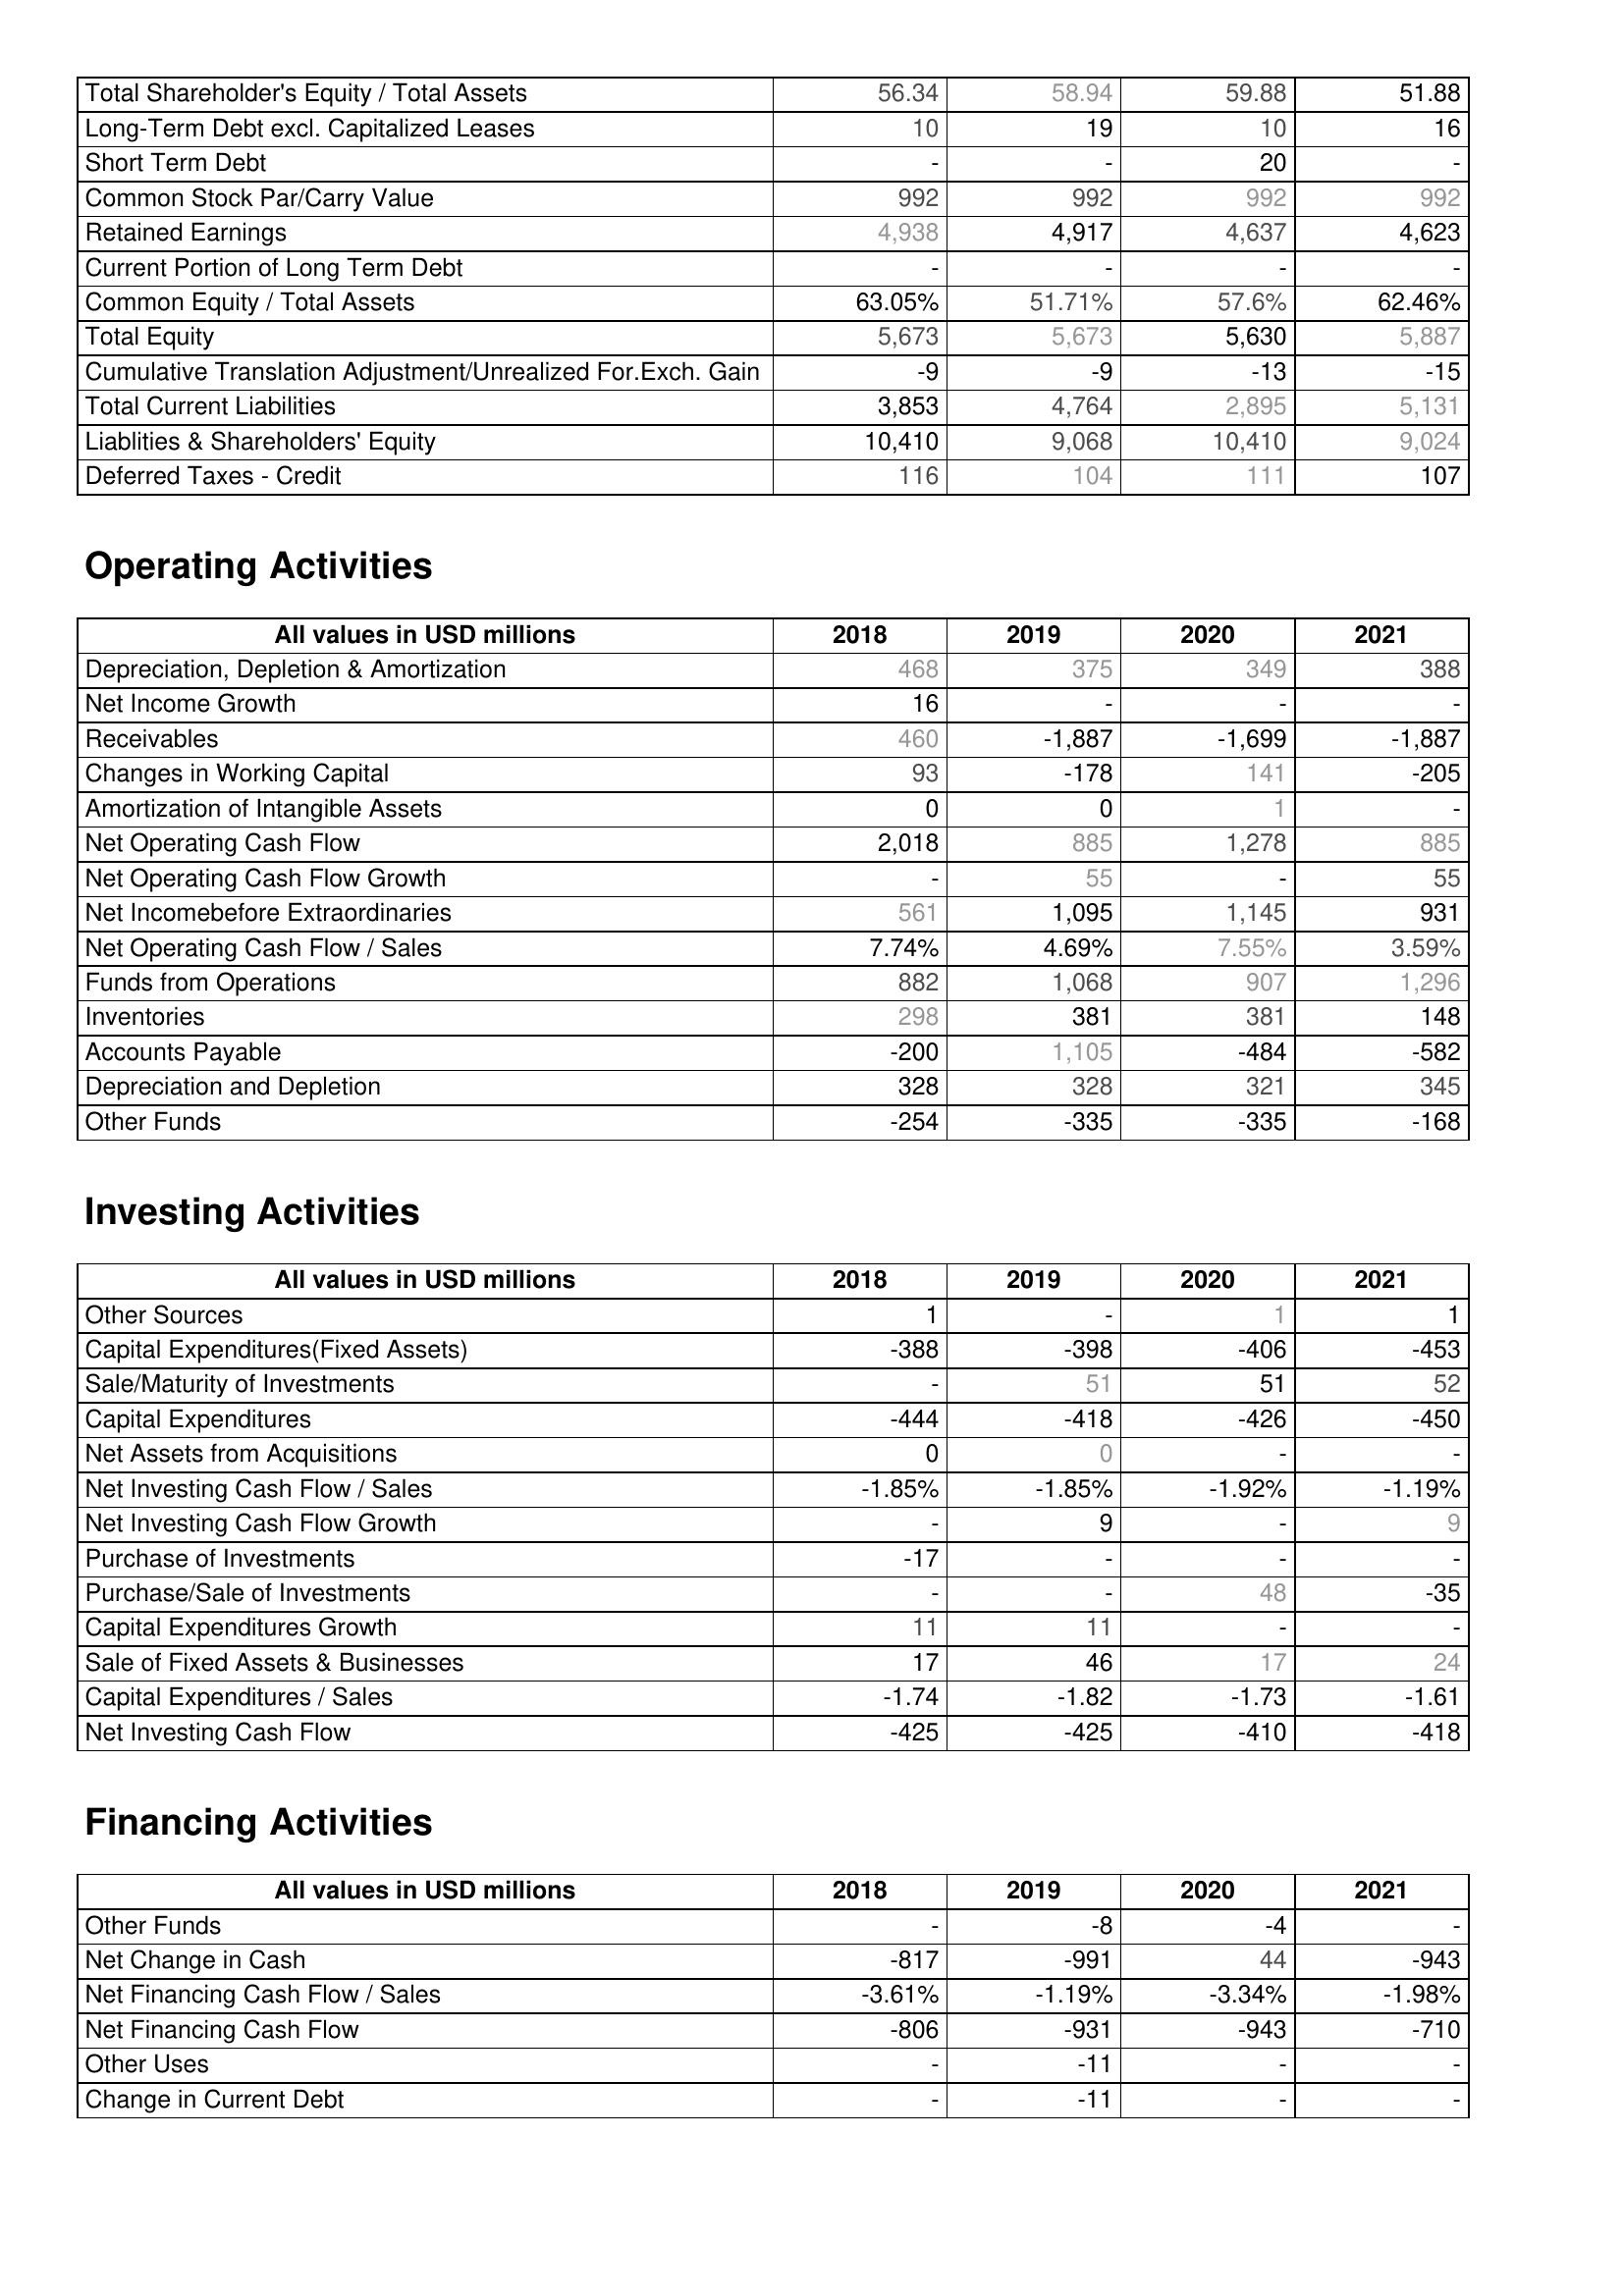
2018: Liabilities & Shareholder's Equity: Total Shareholder's Equity / Total Assets: 56.34
Long-Term Debt excl. Capitalized Leases: 10
Short Term Debt: -
Common Stock Par/Carry Value: 992
Retained Earnings: 4,938
Current Portion of Long Term Debt: -
Common Equity / Total Assets: 63.05%
Total Equity: 5,673
Cumulative Translation Adjustment/Unrealized For.Exch. Gain: -9
Total Current Liabilities: 3,853
Liablities & Shareholders' Equity: 10,410
Deferred Taxes - Credit: 116
Operating Activities: Depreciation, Depletion & Amortization: 468
Net Income Growth: 16
Receivables: 460
Changes in Working Capital: 93
Amortization of Intangible Assets: 0
Net Operating Cash Flow: 2,018
Net Operating Cash Flow Growth: -
Net Incomebefore Extraordinaries: 561
Net Operating Cash Flow / Sales: 7.74%
Funds from Operations: 882
Inventories: 298
Accounts Payable: -200
Depreciation and Depletion: 328
Other Funds: -254
Investing Activities: Other Sources: 1
Capital Expenditures(Fixed Assets): -388
Sale/Maturity of Investments: -
Capital Expenditures: -444
Net Assets from Acquisitions: 0
Net Investing Cash Flow / Sales: -1.85%
Net Investing Cash Flow Growth: -
Purchase of Investments: -17
Purchase/Sale of Investments: -
Capital Expenditures Growth: 11
Sale of Fixed Assets & Businesses: 17
Capital Expenditures / Sales: -1.74
Net Investing Cash Flow: -425
Financing Activities: Other Funds: -
Net Change in Cash: -817
Net Financing Cash Flow / Sales: -3.61%
Net Financing Cash Flow: -806
Other Uses: -
Change in Current Debt: -
2019: Liabilities & Shareholder's Equity: Total Shareholder's Equity / Total Assets: 58.94
Long-Term Debt excl. Capitalized Leases: 19
Short Term Debt: -
Common Stock Par/Carry Value: 992
Retained Earnings: 4,917
Current Portion of Long Term Debt: -
Common Equity / Total Assets: 51.71%
Total Equity: 5,673
Cumulative Translation Adjustment/Unrealized For.Exch. Gain: -9
Total Current Liabilities: 4,764
Liablities & Shareholders' Equity: 9,068
Deferred Taxes - Credit: 104
Operating Activities: Depreciation, Depletion & Amortization: 375
Net Income Growth: -
Receivables: -1,887
Changes in Working Capital: -178
Amortization of Intangible Assets: 0
Net Operating Cash Flow: 885
Net Operating Cash Flow Growth: 55
Net Incomebefore Extraordinaries: 1,095
Net Operating Cash Flow / Sales: 4.69%
Funds from Operations: 1,068
Inventories: 381
Accounts Payable: 1,105
Depreciation and Depletion: 328
Other Funds: -335
Investing Activities: Other Sources: -
Capital Expenditures(Fixed Assets): -398
Sale/Maturity of Investments: 51
Capital Expenditures: -418
Net Assets from Acquisitions: 0
Net Investing Cash Flow / Sales: -1.85%
Net Investing Cash Flow Growth: 9
Purchase of Investments: -
Purchase/Sale of Investments: -
Capital Expenditures Growth: 11
Sale of Fixed Assets & Businesses: 46
Capital Expenditures / Sales: -1.82
Net Investing Cash Flow: -425
Financing Activities: Other Funds: -8
Net Change in Cash: -991
Net Financing Cash Flow / Sales: -1.19%
Net Financing Cash Flow: -931
Other Uses: -11
Change in Current Debt: -11
2020: Liabilities & Shareholder's Equity: Total Shareholder's Equity / Total Assets: 59.88
Long-Term Debt excl. Capitalized Leases: 10
Short Term Debt: 20
Common Stock Par/Carry Value: 992
Retained Earnings: 4,637
Current Portion of Long Term Debt: -
Common Equity / Total Assets: 57.6%
Total Equity: 5,630
Cumulative Translation Adjustment/Unrealized For.Exch. Gain: -13
Total Current Liabilities: 2,895
Liablities & Shareholders' Equity: 10,410
Deferred Taxes - Credit: 111
Operating Activities: Depreciation, Depletion & Amortization: 349
Net Income Growth: -
Receivables: -1,699
Changes in Working Capital: 141
Amortization of Intangible Assets: 1
Net Operating Cash Flow: 1,278
Net Operating Cash Flow Growth: -
Net Incomebefore Extraordinaries: 1,145
Net Operating Cash Flow / Sales: 7.55%
Funds from Operations: 907
Inventories: 381
Accounts Payable: -484
Depreciation and Depletion: 321
Other Funds: -335
Investing Activities: Other Sources: 1
Capital Expenditures(Fixed Assets): -406
Sale/Maturity of Investments: 51
Capital Expenditures: -426
Net Assets from Acquisitions: -
Net Investing Cash Flow / Sales: -1.92%
Net Investing Cash Flow Growth: -
Purchase of Investments: -
Purchase/Sale of Investments: 48
Capital Expenditures Growth: -
Sale of Fixed Assets & Businesses: 17
Capital Expenditures / Sales: -1.73
Net Investing Cash Flow: -410
Financing Activities: Other Funds: -4
Net Change in Cash: 44
Net Financing Cash Flow / Sales: -3.34%
Net Financing Cash Flow: -943
Other Uses: -
Change in Current Debt: -
2021: Liabilities & Shareholder's Equity: Total Shareholder's Equity / Total Assets: 51.88
Long-Term Debt excl. Capitalized Leases: 16
Short Term Debt: -
Common Stock Par/Carry Value: 992
Retained Earnings: 4,623
Current Portion of Long Term Debt: -
Common Equity / Total Assets: 62.46%
Total Equity: 5,887
Cumulative Translation Adjustment/Unrealized For.Exch. Gain: -15
Total Current Liabilities: 5,131
Liablities & Shareholders' Equity: 9,024
Deferred Taxes - Credit: 107
Operating Activities: Depreciation, Depletion & Amortization: 388
Net Income Growth: -
Receivables: -1,887
Changes in Working Capital: -205
Amortization of Intangible Assets: -
Net Operating Cash Flow: 885
Net Operating Cash Flow Growth: 55
Net Incomebefore Extraordinaries: 931
Net Operating Cash Flow / Sales: 3.59%
Funds from Operations: 1,296
Inventories: 148
Accounts Payable: -582
Depreciation and Depletion: 345
Other Funds: -168
Investing Activities: Other Sources: 1
Capital Expenditures(Fixed Assets): -453
Sale/Maturity of Investments: 52
Capital Expenditures: -450
Net Assets from Acquisitions: -
Net Investing Cash Flow / Sales: -1.19%
Net Investing Cash Flow Growth: 9
Purchase of Investments: -
Purchase/Sale of Investments: -35
Capital Expenditures Growth: -
Sale of Fixed Assets & Businesses: 24
Capital Expenditures / Sales: -1.61
Net Investing Cash Flow: -418
Financing Activities: Other Funds: -
Net Change in Cash: -943
Net Financing Cash Flow / Sales: -1.98%
Net Financing Cash Flow: -710
Other Uses: -
Change in Current Debt: -